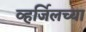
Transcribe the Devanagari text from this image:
व्हर्जिलच्या